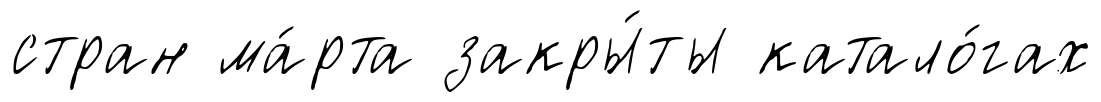
стран ма́рта закры́ты катало́гах